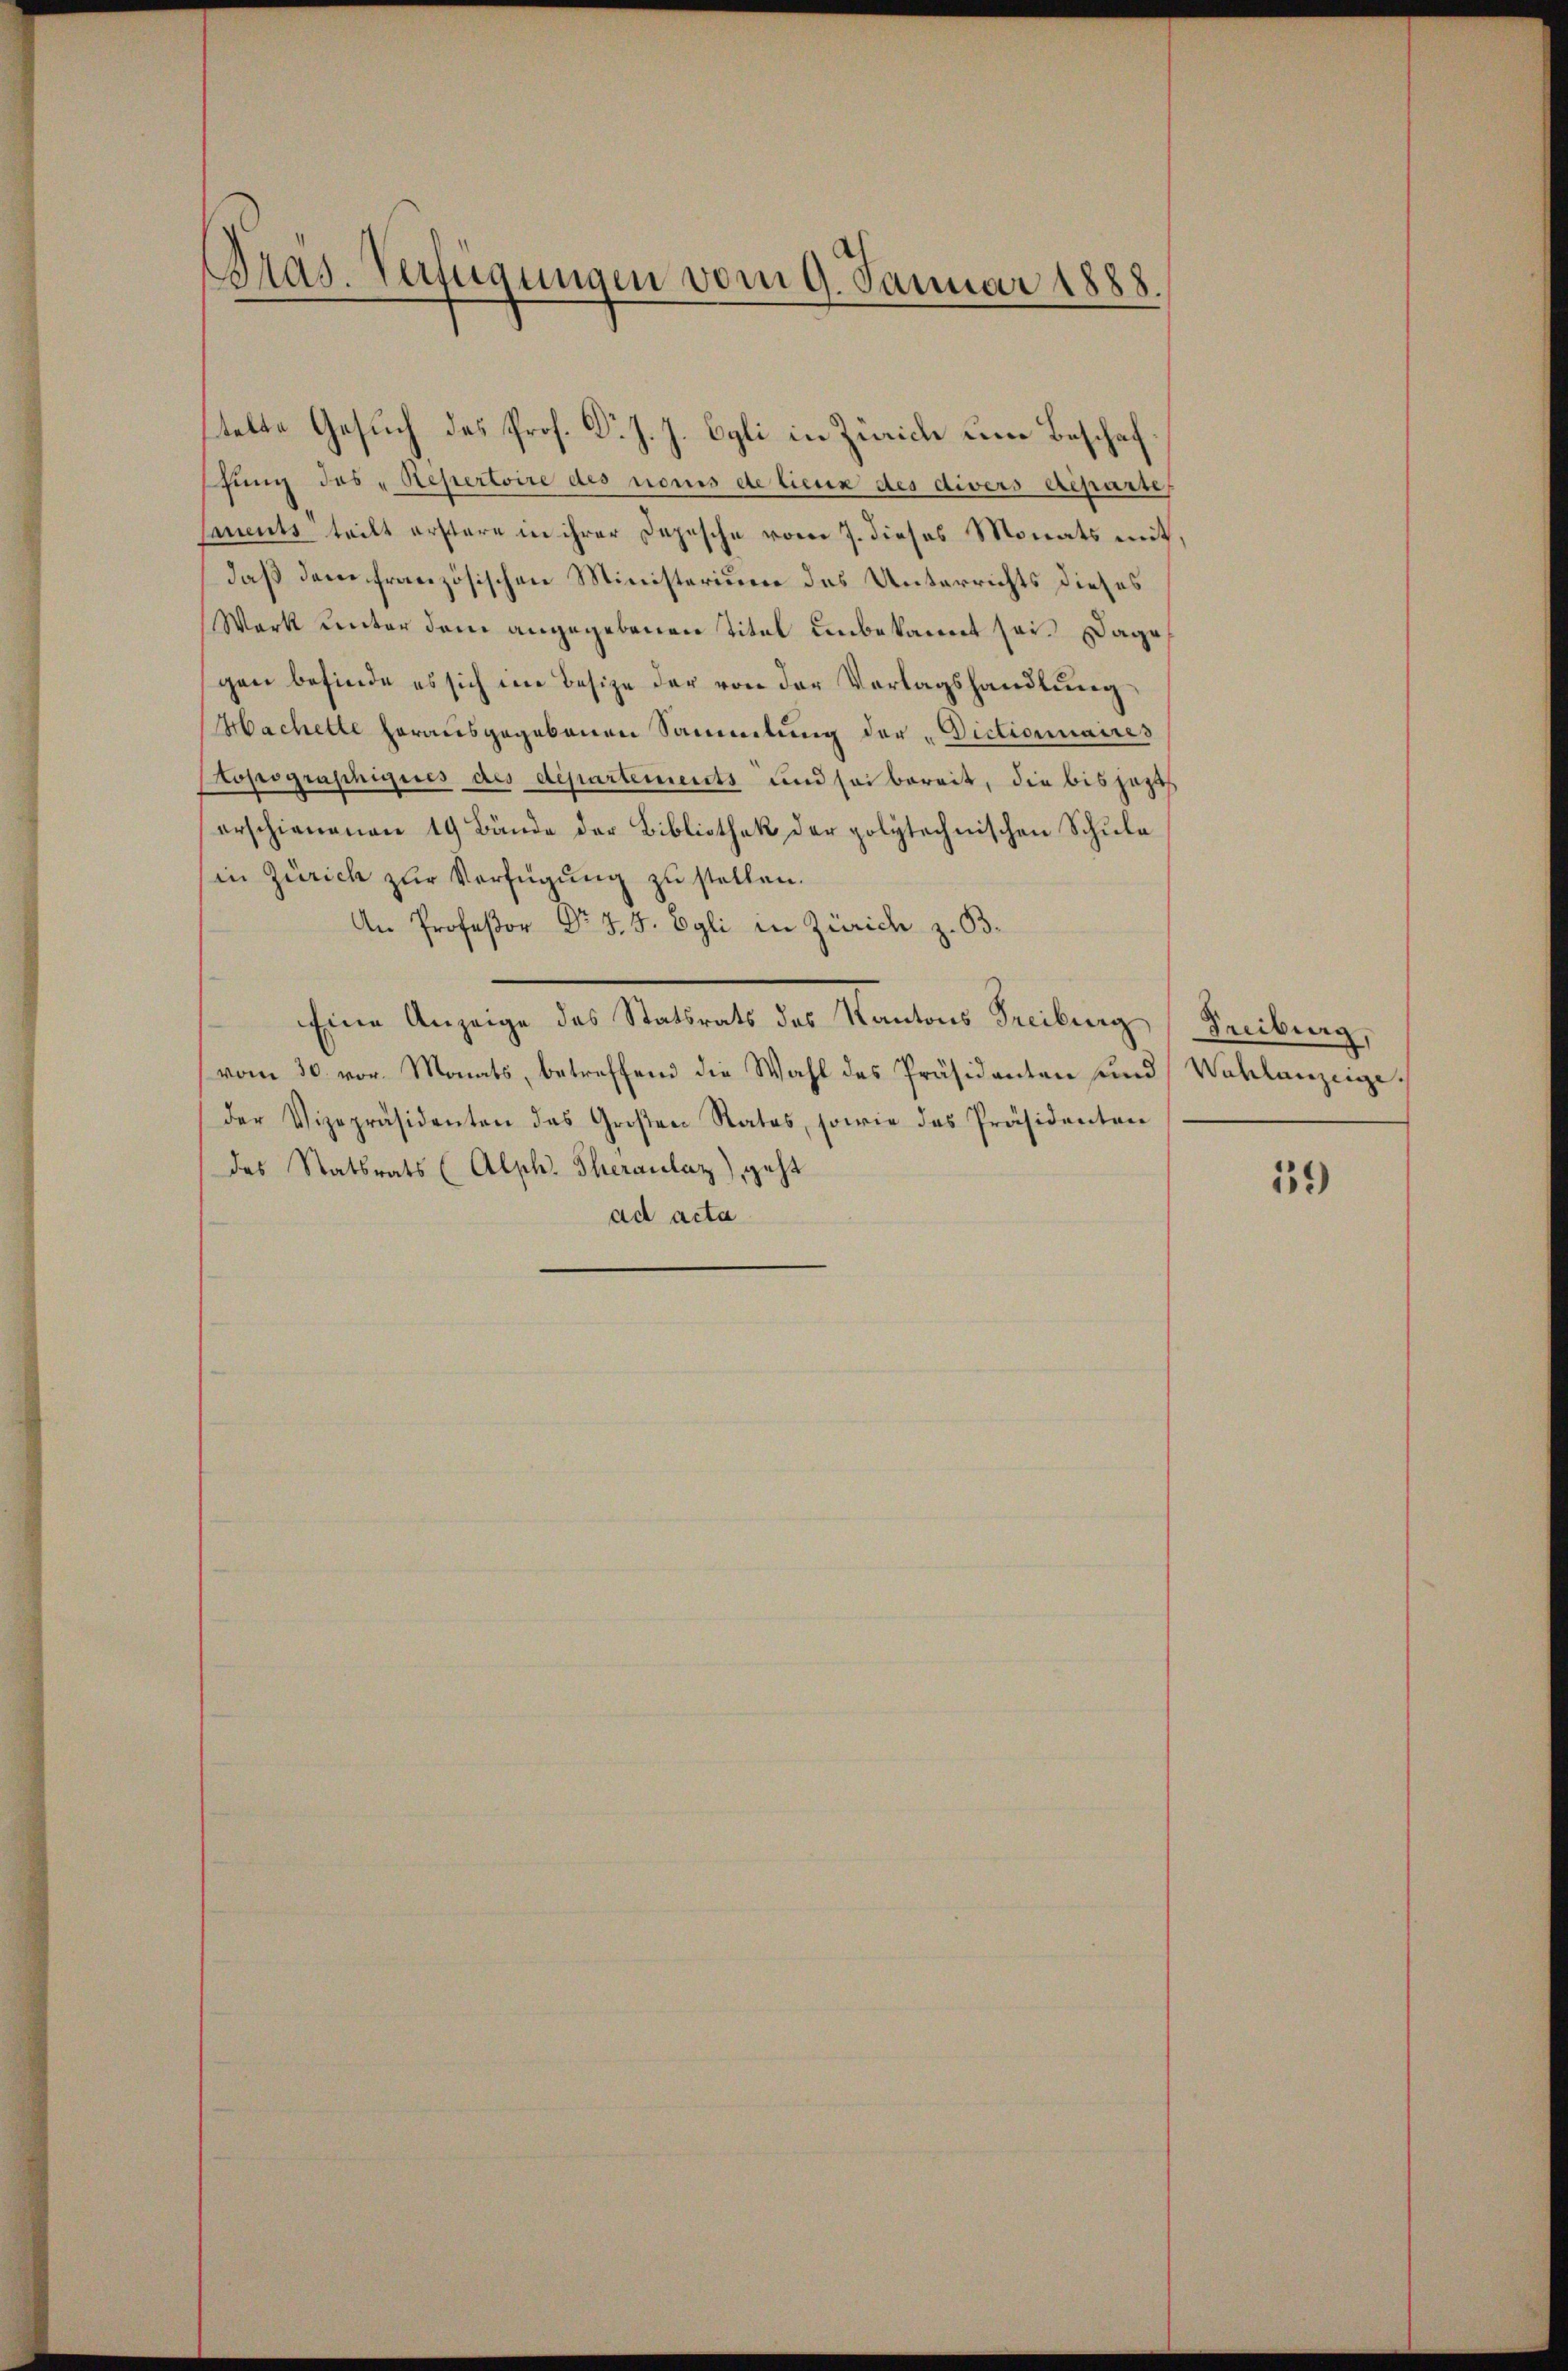
Gras. Verfügungen vom 9. Januar 1888.

stelte Gesuch des Prof. Dr. J. J. Egli in Zürich eine Beschaf
shung des „Repertoire des nomis de lieux des divers Reparte
saments teilt erstere in ihrer Depesche vom 7. dieses Monats mit,
daß dem französischen Ministerium des Unterrichts dieses
Wark unter dem angegebenen Titel unbekannt sei. Dagegen befinde es sich im Besize der von der Vorlagshandlung
Hachelle herausgegebenen Sammlung der „Dictionnaires
Ptopographiges des departements und sei bereit, die bis jezt
erschienenen 19 Bände der Bibliothek der polytechnischen Schule
in Zürich zur Verfügung zu stellen.
An Professor Dr J. J. Egli in Zürich z. B.
Eine Anzeige des Staterats des Kantons Reibungs Freibung,
vom 30. vor. Monats, betreffend die Wahl des Präsidenten und Wahlanzeigeder Vizepräsidenten das Großen Rates, sowie das Präsidenten
des Statsrats (Alph. Theranlaz), geht
ad acta

19